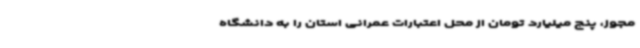
مجوز، پنج میلیارد تومان از محل اعتبارات عمرانی استان را به دانشگاه